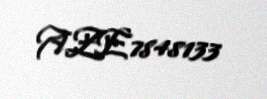
AZE7848133